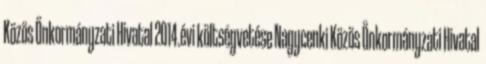
Közös Önkormányzati Hivatal 2014.évi költségvetése Nagycenki Közös Önkormányzati Hivatal